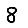
Digit: 8